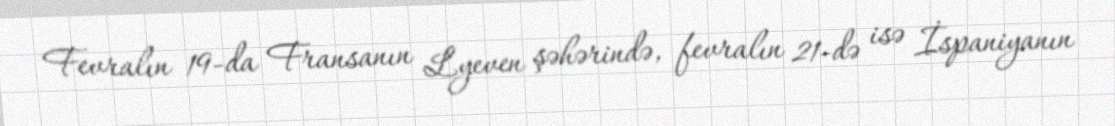
Fevralın 19-da Fransanın Lyeven şəhərində, fevralın 21-də isə İspaniyanın